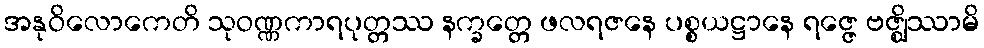
အနုဝိလောကေတိ သုဝဏ္ဏကာရပုတ္တဿ နက္ခတ္တေ ဖလရဇနေ ပစ္စယဋ္ဌာနေ ရဇ္ဇေ ဗဇ္ဈိဿာမိ